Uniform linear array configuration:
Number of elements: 32
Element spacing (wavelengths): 1
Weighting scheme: blackman
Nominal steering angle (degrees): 15
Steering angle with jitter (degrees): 15.799
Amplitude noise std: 0.05
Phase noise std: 0.05

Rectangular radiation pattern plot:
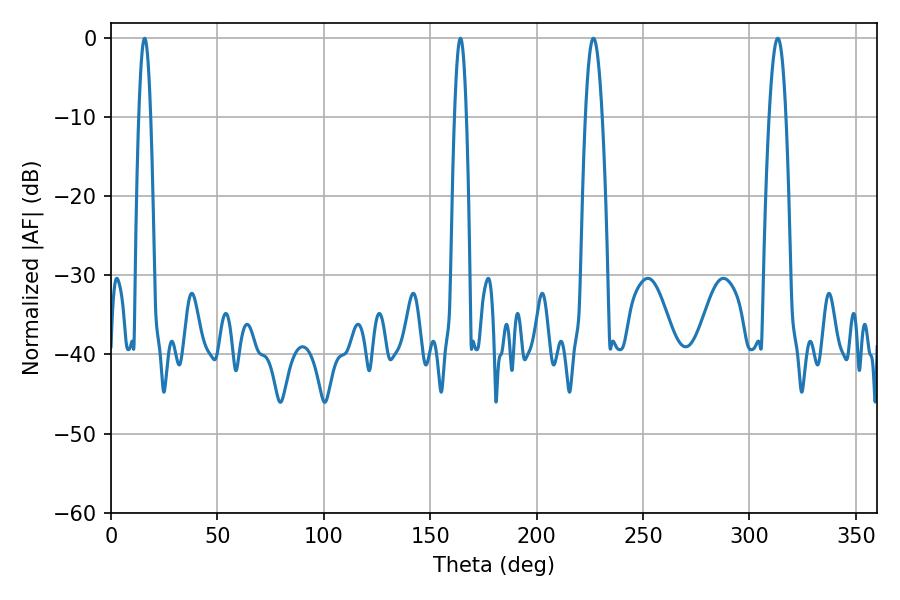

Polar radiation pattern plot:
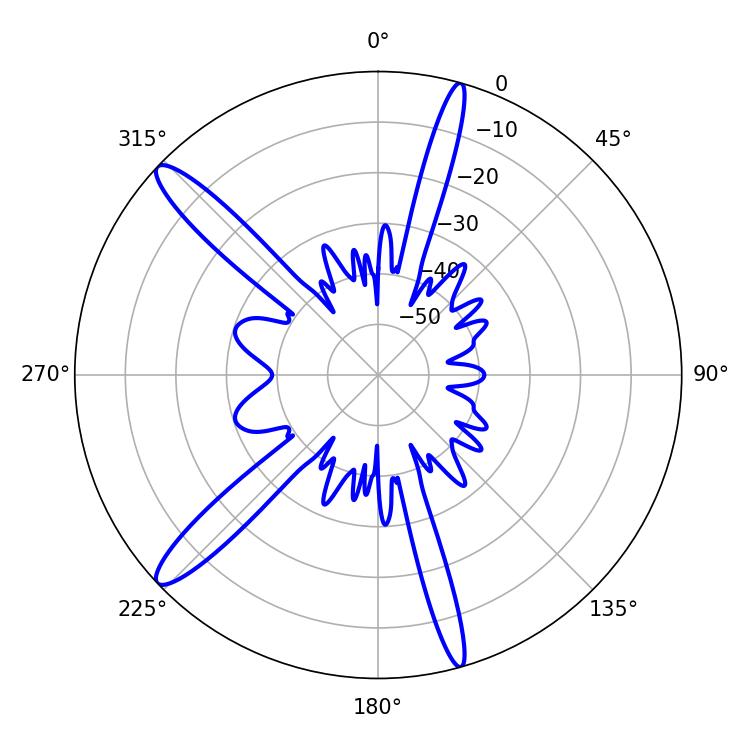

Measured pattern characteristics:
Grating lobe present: TRUE
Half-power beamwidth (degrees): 3.06
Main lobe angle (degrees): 15.84